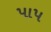
પાપ